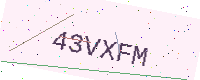
Text: 43VXFM